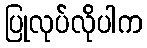
ပြုလုပ်လိုပါက